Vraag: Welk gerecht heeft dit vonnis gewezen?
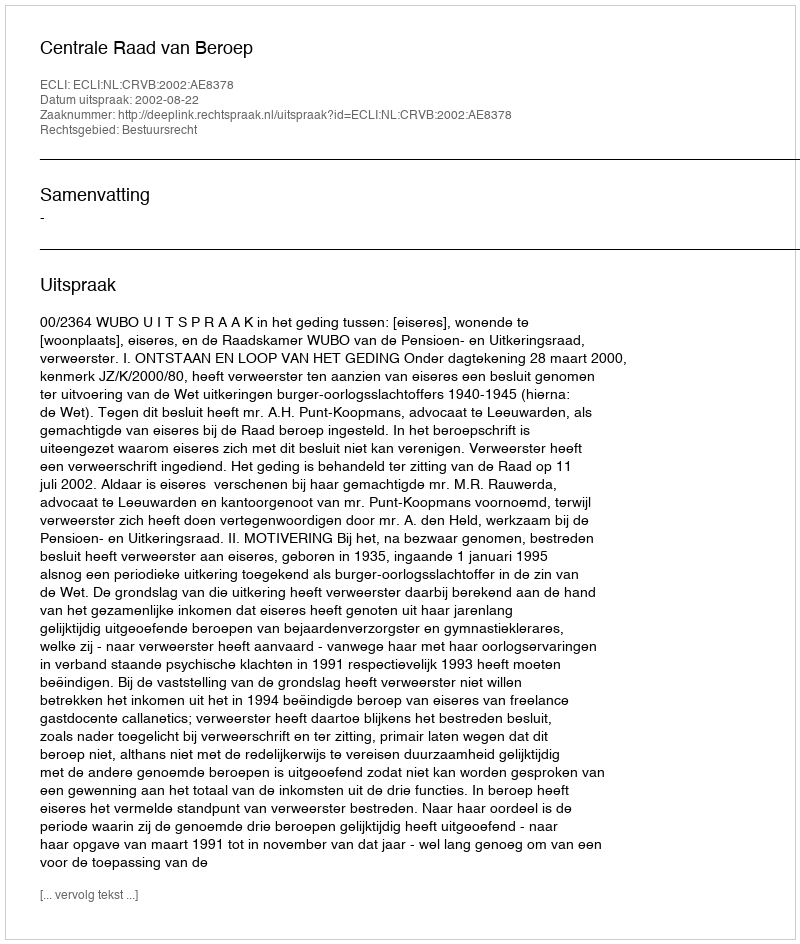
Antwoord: Centrale Raad van Beroep